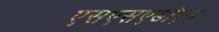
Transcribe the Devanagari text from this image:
एसएसएडीएम